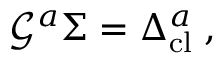
\mathcal { G } ^ { a } \Sigma = \Delta _ { \mathrm { c l } } ^ { a } \; ,